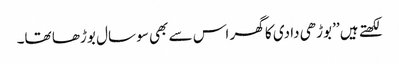
لکھتے ہیں ’’بوڑھی دادی کا گھر اس سے بھی سو سال بوڑھا تھا۔